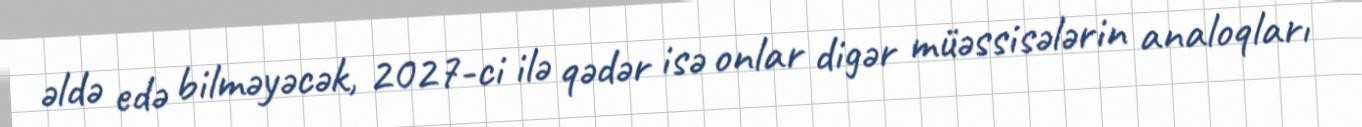
əldə edə bilməyəcək, 2027-ci ilə qədər isə onlar digər müəssisələrin analoqları